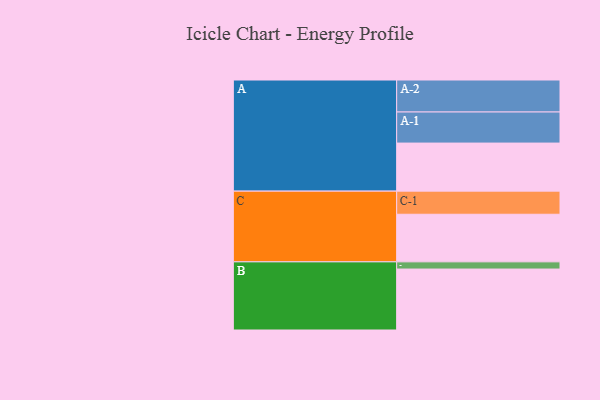
{"axis": {"x": "Segment", "y": "Value"}, "legend": ["", "A", "B", "C"], "data": [{"x": "A", "y": 428, "type": ""}, {"x": "B", "y": 543, "type": ""}, {"x": "C", "y": 424, "type": ""}, {"x": "A-1", "y": 277, "type": "A"}, {"x": "A-2", "y": 285, "type": "A"}, {"x": "B-1", "y": 64, "type": "B"}, {"x": "C-1", "y": 206, "type": "C"}]}